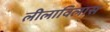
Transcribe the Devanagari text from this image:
लीलाविलास